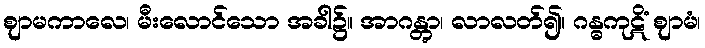
ဈာမကာလေ၊ မီးလောင်သော အခါ၌။ အာဂန္တွာ၊ လာလတ်၍။ ဂန္ဓကုဋိံ ဈာမံ၊